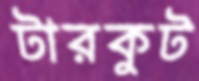
টারকুট